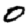
Digit: 0